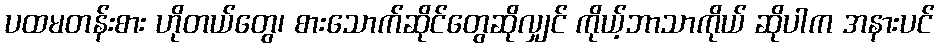
ပထမတန်းစား ဟိုတယ်တွေ၊ စားသောက်ဆိုင်တွေဆိုလျှင် ကိုယ့်ဘာသာကိုယ် ဆိုပါက အနားပင်